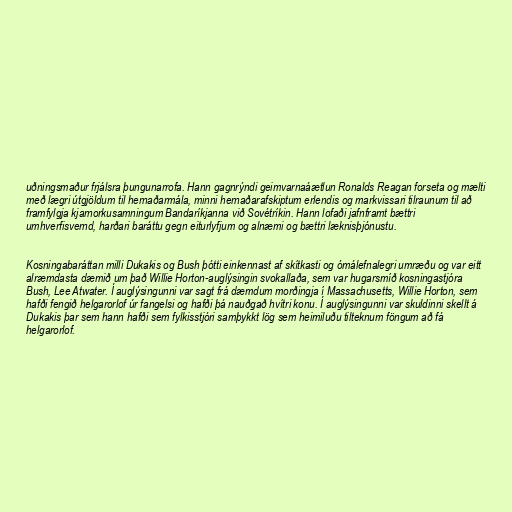
uðningsmaður frjálsra þungunarrofa. Hann gagnrýndi geimvarnaáætlun Ronalds Reagan forseta og mælti
með lægri útgjöldum til hernaðarmála, minni hernaðarafskiptum erlendis og markvissari tilraunum til að
framfylgja kjarnorkusamningum Bandaríkjanna við Sovétríkin. Hann lofaði jafnframt bættri
umhverfisvernd, harðari baráttu gegn eiturlyfjum og alnæmi og bættri læknisþjónustu.

Kosningabaráttan milli Dukakis og Bush þótti einkennast af skítkasti og ómálefnalegri umræðu og var eitt
alræmdasta dæmið um það Willie Horton-auglýsingin svokallaða, sem var hugarsmíð kosningastjóra
Bush, Lee Atwater. Í auglýsingunni var sagt frá dæmdum morðingja í Massachusetts, Willie Horton, sem
hafði fengið helgarorlof úr fangelsi og hafði þá nauðgað hvítri konu. Í auglýsingunni var skuldinni skellt á
Dukakis þar sem hann hafði sem fylkisstjóri samþykkt lög sem heimiluðu tilteknum föngum að fá
helgarorlof.